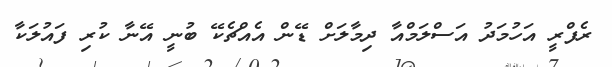
ރެފްރީ އަހުމަދު އަސްލަމްއާ ދިމާލަށް ޑޭން އެއްޗެކޭ ބުނީ އޭނާ ކުރި ފައުލަކާ